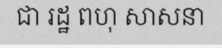
ជា រដ្ឋ ពហុ សាសនា